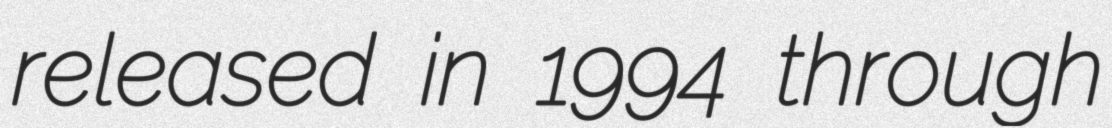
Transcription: released in 1994 through